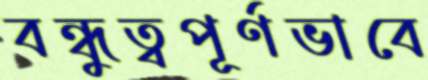
বন্ধুত্বপূর্ণভাবে